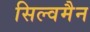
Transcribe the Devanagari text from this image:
सिल्वमैन